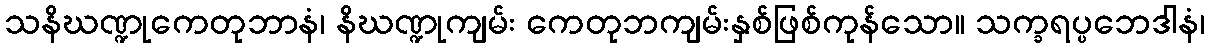
သနိဃဏ္ဍုကေတုဘာနံ၊ နိဃဏ္ဍုကျမ်း ကေတုဘကျမ်းနှစ်ဖြစ်ကုန်သော။ သက္ခရပ္ပဘေဒါနံ၊